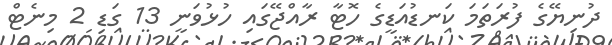
ދުނިޔޭގެ ފުރަތަމަ ކަނޑުއަޑީގެ ހޮޓާ ރާއްޖޭގައި ހުޅުވަނީ 13 ގަޑި 2 މިނެޓް